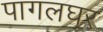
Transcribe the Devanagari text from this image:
पागलघर